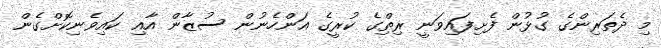
މި ދެތަރިންގެ ގުޅުން ފެށިފައިވަނީ ރިތިްގެ ކުރީގެ އަންހެނުން ސުޒާން އާއި ކައިވެނިކޮށްގެން